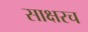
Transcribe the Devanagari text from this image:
साक्षरच